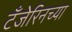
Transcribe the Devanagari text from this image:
टँजेरिनच्या